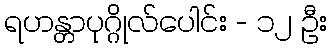
ရဟန္တာပုဂ္ဂိုလ်ပေါင်း - ၁၂ ဦး